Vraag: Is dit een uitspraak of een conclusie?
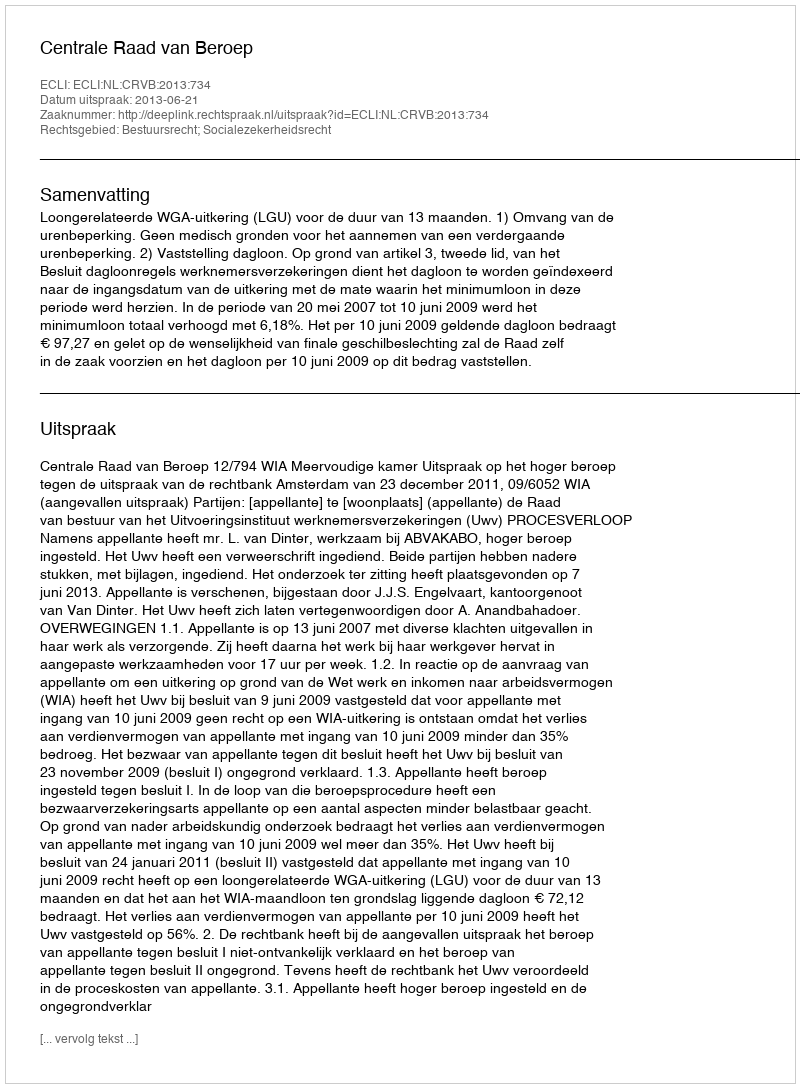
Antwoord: Uitspraak